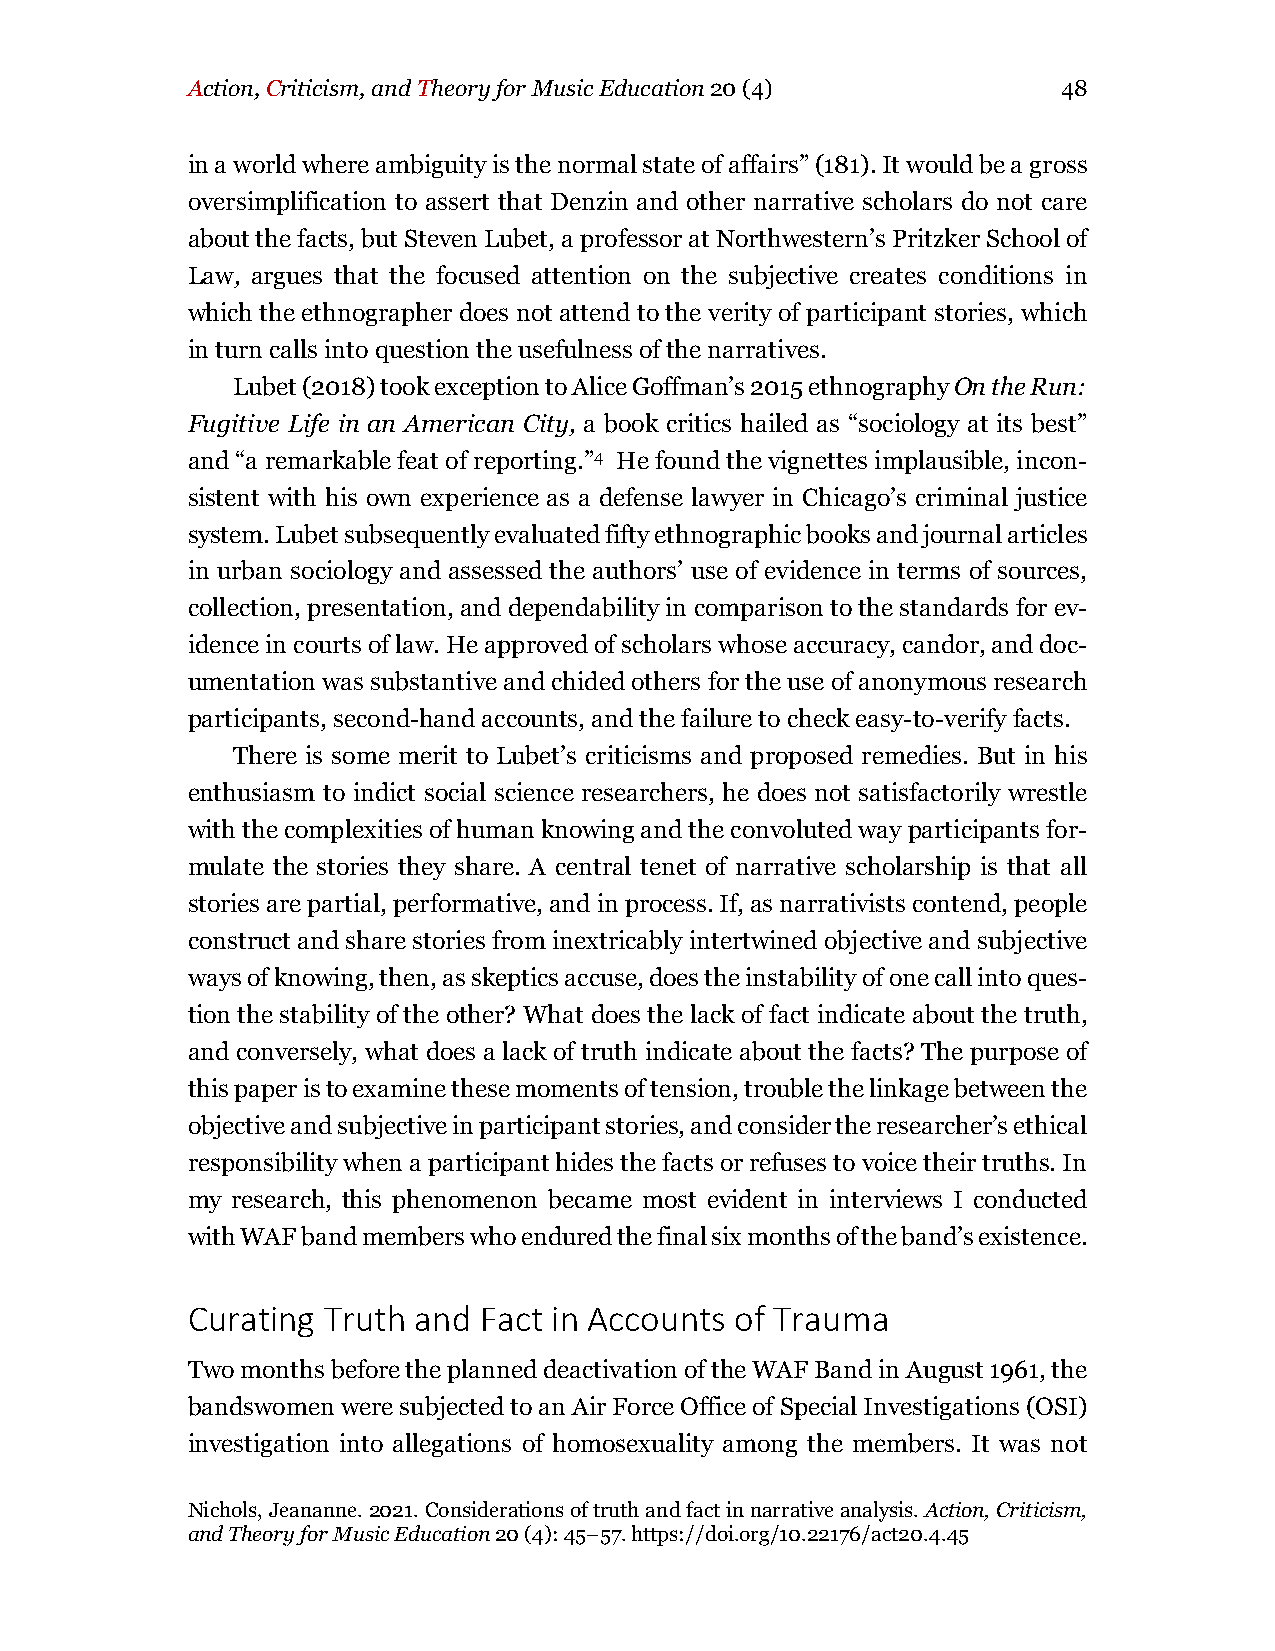
Action, Criticism, and Theory for Music Education 20 (4)  48
 in a world where ambiguity is the normal state of affairs” (181). It would be a gross
 oversimplification to assert that Denzin and other narrative scholars do not care
 about the facts, but Steven Lubet, a professor at Northwestern’s Pritzker School of
 Law, argues that the focused attention on the subjective creates conditions in
 which the ethnographer does not attend to the verity of participant stories, which
 in turn calls into question the usefulness of the narratives.
 Lubet (2018) took exception to Alice Goffman’s 2015 ethnography On the Run:
 Fugitive Life in an American City, a book critics hailed as “sociology at its best”
 and “a remarkable feat of reporting.”4 He found the vignettes implausible, incon-
 sistent with his own experience as a defense lawyer in Chicago’s criminal justice
 system. Lubet subsequently evaluated fifty ethnographic books and journal articles
 in urban sociology and assessed the authors’ use of evidence in terms of sources,
 collection, presentation, and dependability in comparison to the standards for ev-
 idence in courts of law. He approved of scholars whose accuracy, candor, and doc-
 umentation was substantive and chided others for the use of anonymous research
 participants, second-hand accounts, and the failure to check easy-to-verify facts.
 There is some merit to Lubet’s criticisms and proposed remedies. But in his
 enthusiasm to indict social science researchers, he does not satisfactorily wrestle
 with the complexities of human knowing and the convoluted way participants for-
 mulate the stories they share. A central tenet of narrative scholarship is that all
 stories are partial, performative, and in process. If, as narrativists contend, people
 construct and share stories from inextricably intertwined objective and subjective
 ways of knowing, then, as skeptics accuse, does the instability of one call into ques-
 tion the stability of the other? What does the lack of fact indicate about the truth,
 and conversely, what does a lack of truth indicate about the facts? The purpose of
 this paper is to examine these moments of tension, trouble the linkage between the
 objective and subjective in participant stories, and consider the researcher’s ethical
 responsibility when a participant hides the facts or refuses to voice their truths. In
 my research, this phenomenon became most evident in interviews I conducted
 with WAF band members who endured the final six months of the band’s existence.
 Curating Truth and  Fact in Accounts of Trauma
 Two months before the planned deactivation of the WAF Band in August 1961, the
 bandswomen were subjected to an Air Force Office of Special Investigations (OSI)
 investigation into allegations of homosexuality among the members. It was not
 Nichols, Jeananne. 2021. Considerations of truth and fact in narrative analysis. Action, Criticism,
 and Theory for Music Education 20 (4): 45–57. https://doi.org/10.22176/act20.4.45